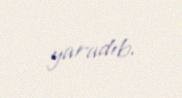
yaradıb.